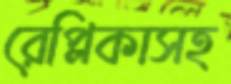
রেপ্লিকাসহ